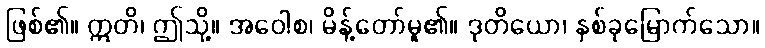
ဖြစ်၏။ ဣတိ၊ ဤသို့။ အဝေါစ၊ မိန့်တော်မူ၏။ ဒုတိယော၊ နှစ်ခုမြောက်သော။